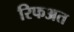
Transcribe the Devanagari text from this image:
रिफअत